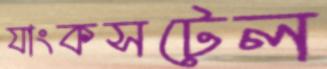
যাংকসটেল